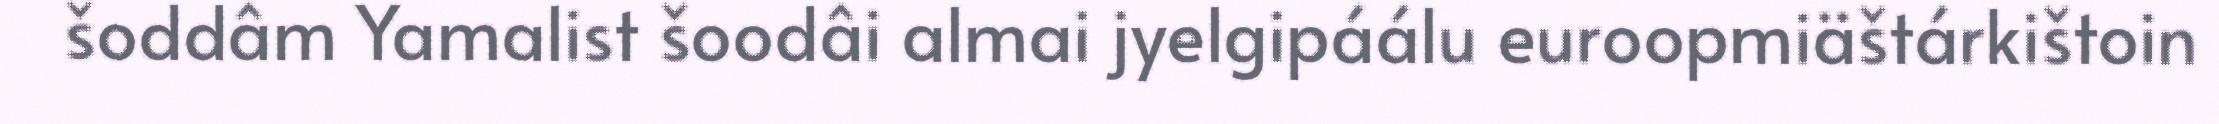
šoddâm Yamalist šoodâi almai jyelgipáálu euroopmiäštárkištoin